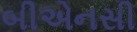
બીએનસી